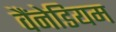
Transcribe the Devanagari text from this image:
वैंनेडियम